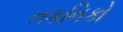
તકનિકો